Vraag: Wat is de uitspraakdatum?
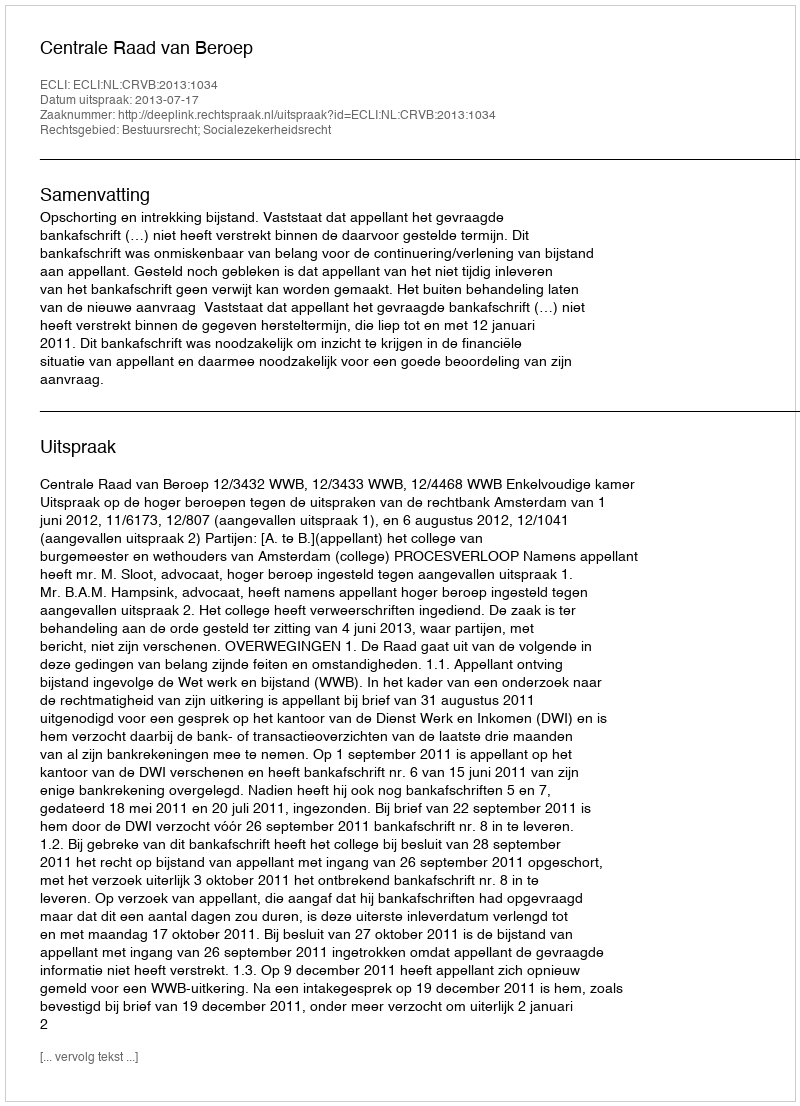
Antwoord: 2013-07-17